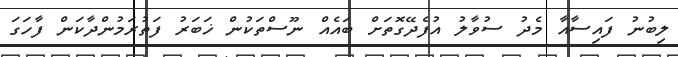
ލިބުނު ފައިސާއާ މެދު ސުވާލު އުފެދޭގޮތަށް ބައެއް ނޫސްތަކުން ޚަބަރު ފަތުރަމުންދާކަން ފާހަގަ